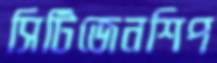
সিটিজেনশিপ